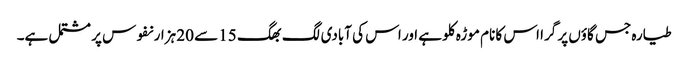
طیارہ جس گاؤں پر گرا اس کا نام موڑہ کلو ہے اور اس کی آبادی لگ بھگ 15 سے 20 ہزار نفوس پر مشتمل ہے۔